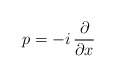
\begin{align*}p = -i\,\frac{\partial}{\partial x}\hspace{3cm}\mbox{}\end{align*}